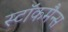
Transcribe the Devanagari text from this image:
स्टॉकमैन्स